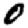
Digit: 0